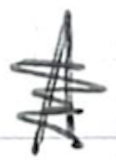
Text: A
Cross-out: scratch
Writing tool: ballpoint